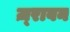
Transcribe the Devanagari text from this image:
ज़्रावन